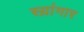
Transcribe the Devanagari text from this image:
स्य़ांगार